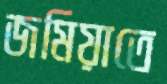
জমিয়াতে